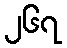
၂၆၇